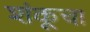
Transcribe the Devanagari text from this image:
शंकूचा